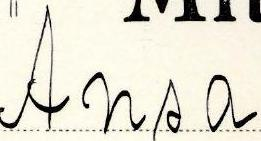
Ansa